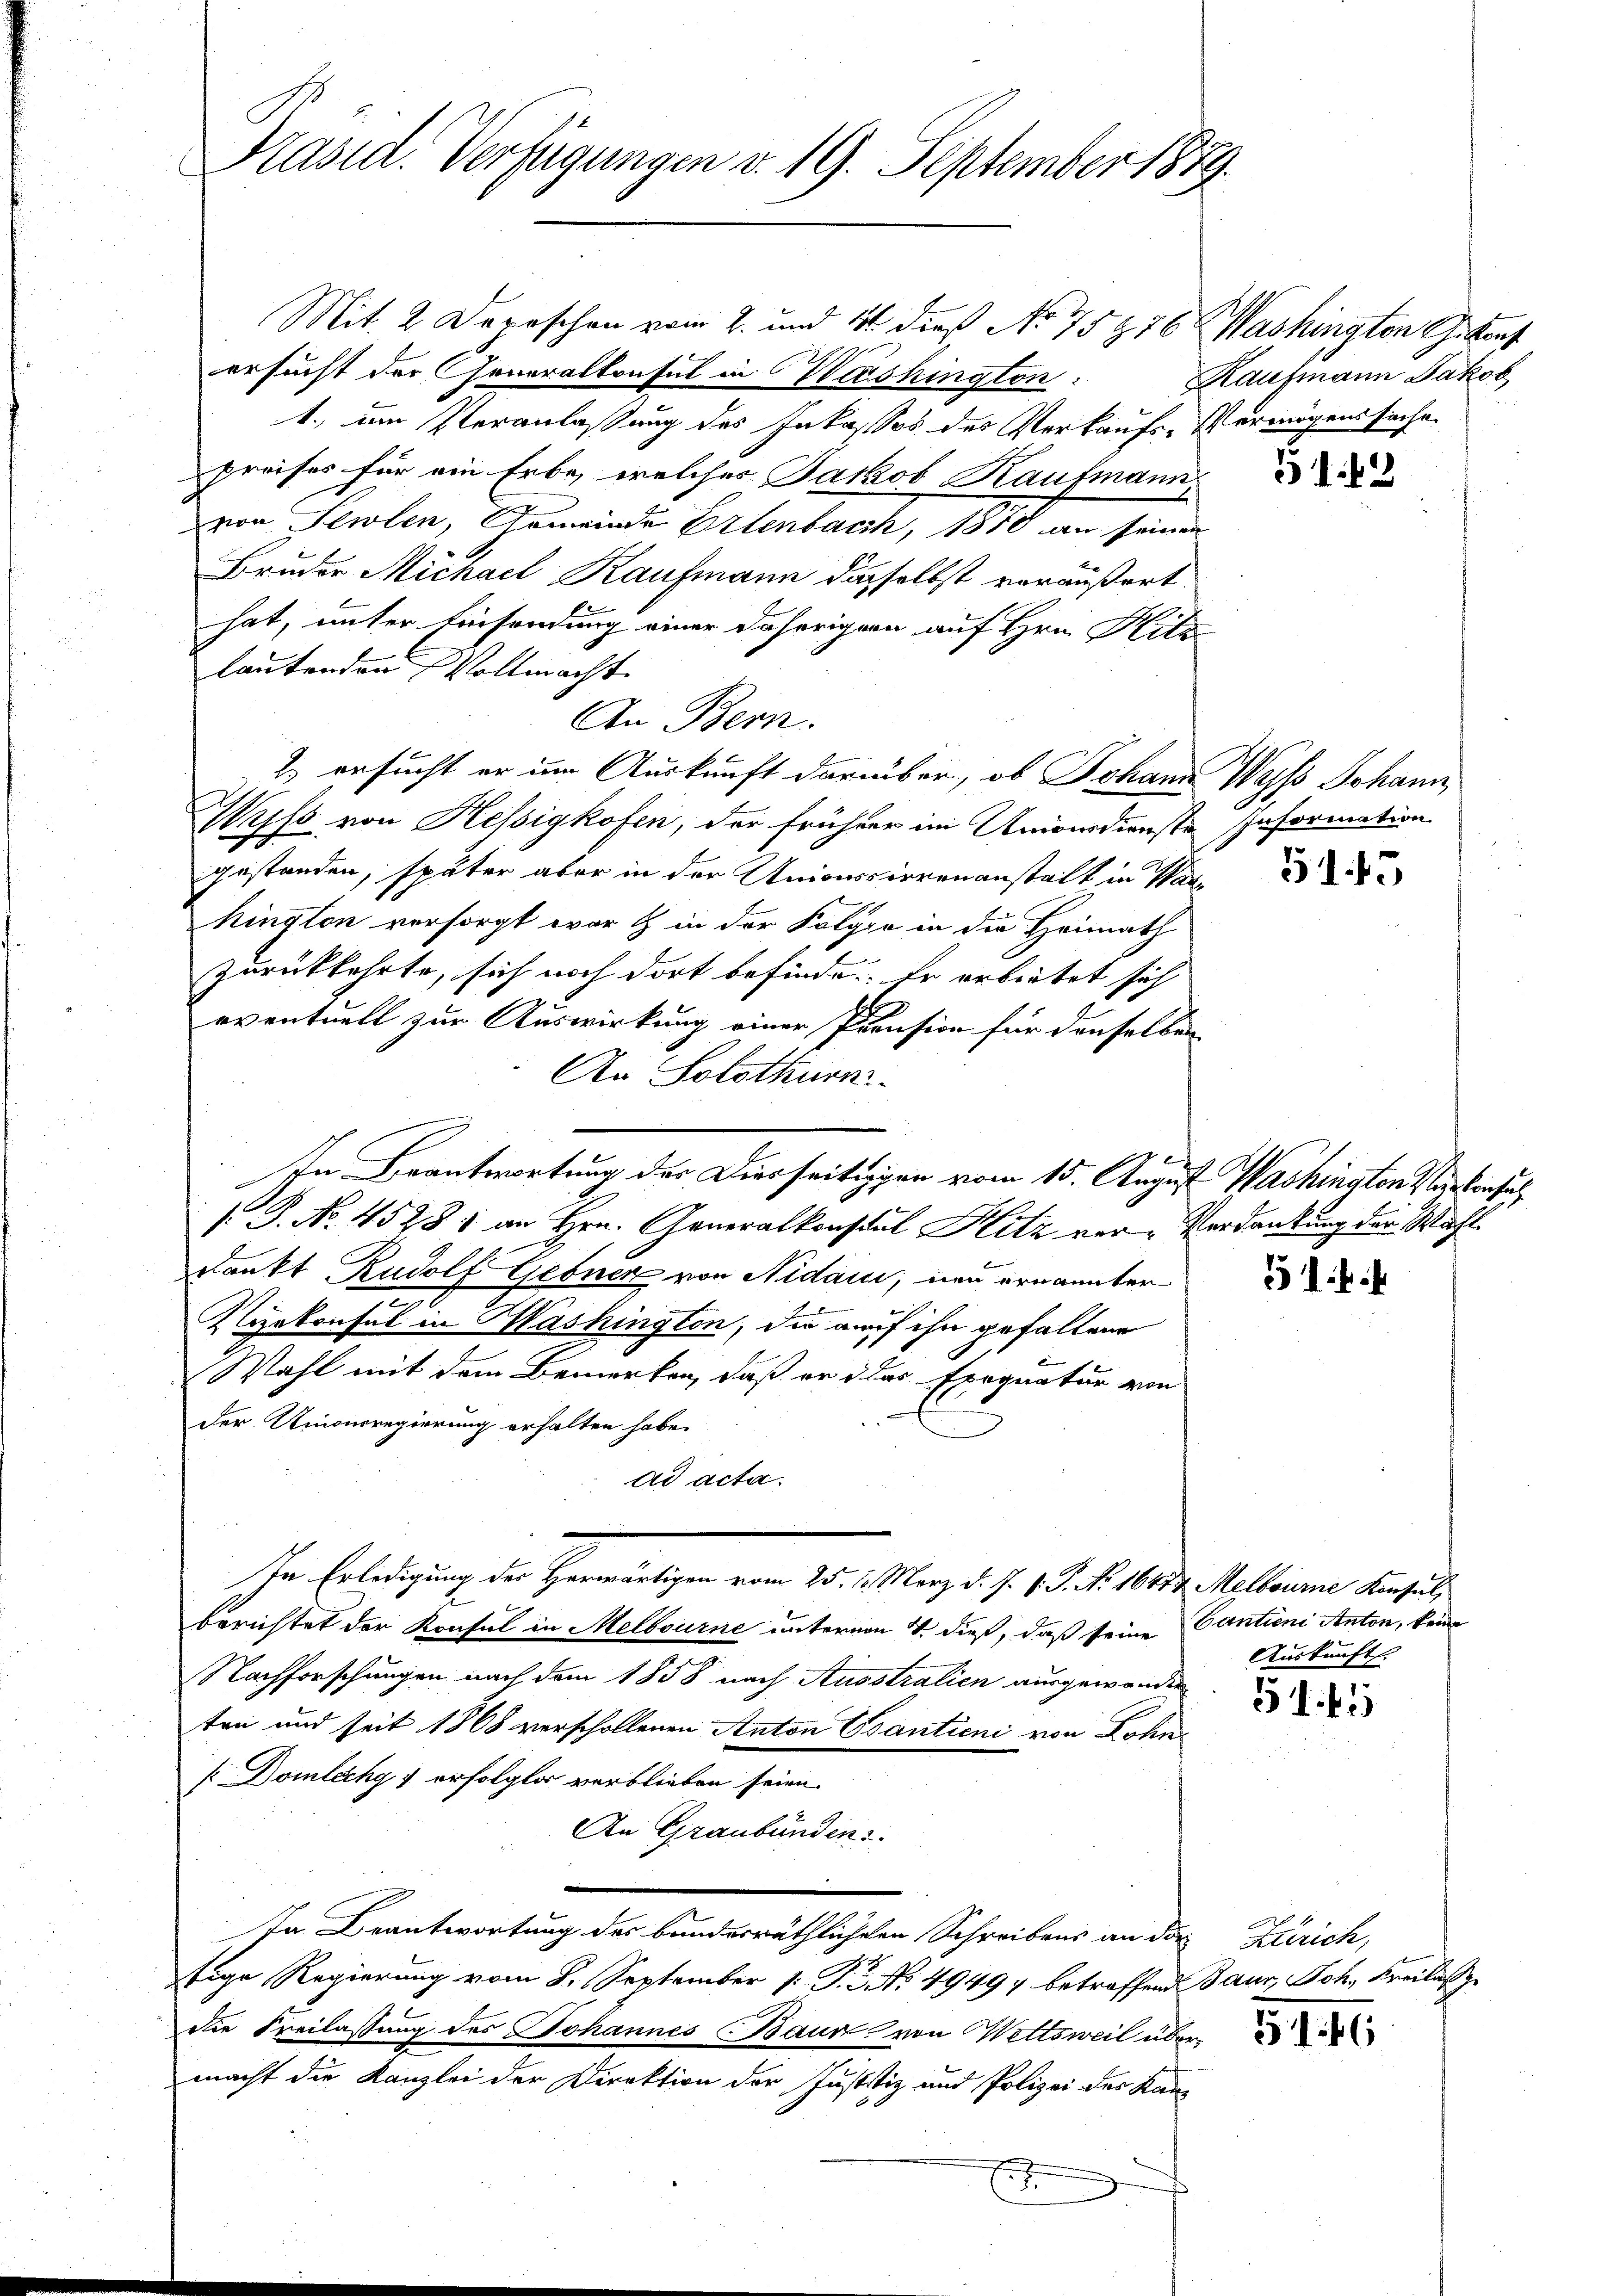
Präsid. Verfügungen v. 19. September 1879.

Mit 2 Depeschen vom 2. und 11 dieß No 75876 Washington G. kant
ersucht der Generalkonsul in Washington. Kaufmann Jakob
1., im Veranlassung des Inkasses des Verkaufs-Vermögenssache
preises für ein Erbe, welches Jakob Kaufmann
von Seilen, Gemeinde Erlenbach, 1810 an seinen
Bruder Michael Kaufmann dasselbst veräußert
hat, unter Einsendung einer daherigern auf Hrn. Hitz-
lautenden Woltmacht.
An Bern.
2. ersucht er um Auskunft darüber, ob Johann Wyss Johann
Wyss von Hessigkofen, der frühere im Univerdienste Information
gestanden, später aber in der Unionssierenanstalt in Ware
hington versorgt war & in der Kolgio in die Heimath
zurückkehrte, sich noch dort befinde. Er erbietet sich
eventuell zur Auswirkung einer Pension für denselben
An Solothurn.
G. No. 45281 an Hrn. Generalkonsul Hitz ver-Verdankung der Wahldankt Rudolf Gebner von Nidau, neu ernannter
.
2tekonsul in Mashington, die auf ihn gefallene
Wahl mit dem Bemerken, daß er das Exequatur von
der Univerregierung erhalten habe.
ad acta.
In Erledigung der Herwärtigen vom 25. 2. März d. J. v. J. P. 16414. Melbaume Konsul
berichtet der Konsul in Melbourne untervon 4. dieß, daß seine Cantieni Anton, keine
Nachforschungen nach dem 1858 nach Ausstralien ausgewondie
ten und seit 1868 verschollenen Anton Usantieni von Lohn
[Domlechg 1 erfolgter verblieben seien.
An Graubünden.
In Beantwortung des bunderräthlichen Schreibens an das Zürich,
sige Regierung vom 8. September 1 S. 2. No 49497 betreffend Baur, Joh. Kreilas
die Freilassung des Johannes Baur von Wettsweil übermacht die Kanzlei der Direktion der Justiz und Polizei des Kan-

In Beantwortung der Dierseitigen vom 15. August Washington Verkens

2

5142

5145

Auskunft

51. 41

3